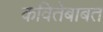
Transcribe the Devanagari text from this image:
कवितेबाबत